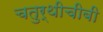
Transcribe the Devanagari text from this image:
चतुर्थीचीबी